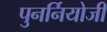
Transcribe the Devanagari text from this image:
पुनर्नियोजी